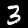
Digit: 3